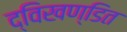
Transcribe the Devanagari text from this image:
द्विखण्डित